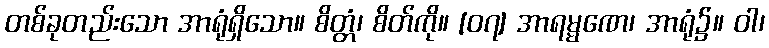
တစ်ခုတည်းသော အာရုံရှိသော။ စိတ္တံ၊ စိတ်ကို။ [၀၇] အာရမ္မဏေ၊ အာရုံ၌။ ဝါ၊